Medical and sanitary report of the native army of Bengal for the year
Year: 1874
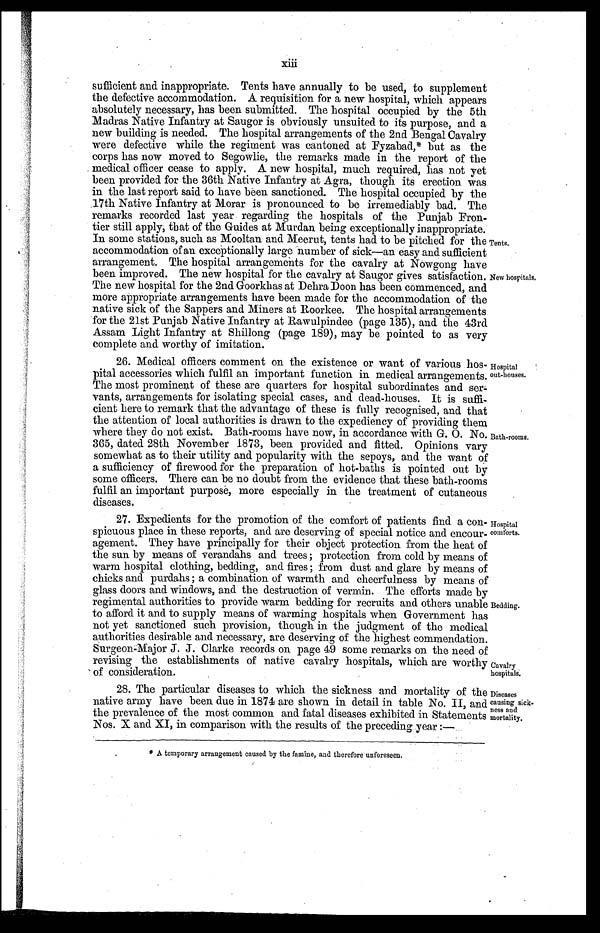
sufficient and inappropriate. Tents have annually to be used, to supplement
the defective accommodation. A requisition for a new hospital, which appears
absolutely necessary, has been submitted. The hospital occupied by the 5th
Madras Native Infantry at Saugor is obviously unsuited to its purpose, and a
new building is needed. The hospital arrangements of the 2nd Bengal Cavalry
were defective while the regiment was cantoned at Fyzabad, ‫٭‬ but as the
corps has now moved to Segowlie, the remarks made in the report of the
medical officer cease to apply. A new hospital, much required, has not yet
been provided for the 36th Native Infantry at Agra, though its erection was
in the last report said to have been sanctioned. The hospital occupied by the
17th Native Infantry at Morar is pronounced to be irremediably bad. The
remarks recorded last year regarding the hospitals of the Punjab Fron-
tier still apply, that of the Guides at Murdan being exceptionally inappropriate.
In some stations, such as Mooltan and Meerut, tents had to be pitched for the
accommodation of an exceptionally large number of sick—an easy and sufficient
arrangement. The hospital arrangements for the cavalry at Nowgong have
been improved. The new hospital for the cavalry at Saugor gives satisfaction.
The new hospital for the 2nd Goorkhas at Dehra Doon has been commenced, and
more appropriate arrangements have been made for the accommodation of the
native sick of the Sappers and Miners at Roorkee. The hospital arrangements
for the 21st Punjab Native Infantry at Rawulpindee (page 135), and the 43rd
Assam Light Infantry at Shillong (page 189), may be pointed to as very
complete and worthy of imitation.
Tents.
New hospitals.
26. Medical officers comment on the existence or want of various hos-
pital accessories which fulfil an important function in medical arrangements.
The most prominent of these are quarters for hospital subordinates
and servants, arrangements for isolating special cases, and dead-houses. It is suffi
cient here to remark that the advantage of these is fully recognised, and that
the attention of local authorities is drawn to the expediency of providing them
where they do not exist. Bath-rooms have now, in accordance with G. O. No.
365, dated 28th November 1873, been. provided and fitted. Opinions vary
somewhat as to their utility and popularity with the sepoys, and the want of
a sufficiency of firewood for the preparation of hot-baths is pointed out by
some officers. There can be no doubt from the evidence that these bath-rooms
fulfil an important purpose, more especially in the treatment of cutaneous
diseases.
Hospital
out-houses.
Bath-rooms.
27. Expedients for the promotion of the comfort of patients find a con-
spicuous place in these reports, and are deserving of special notice and encour-
agement. They have principally for their object protection from the heat of
the sun by means of verandahs and trees ; protection from cold by means of
warm hospital clothing, bedding, and fires ; from dust and glare by means of
chicks and purdahs ; a combination of warmth and cheerfulness by means of
glass doors and windows, and the destruction of vermin. The efforts made by
regimental authorities to provide warm bedding for recruits and others unable
to afford it and to supply means of warming hospitals when Government has
not yet sanctioned such provision, though in the judgment of the medical
authorities desirable and necessary, are deserving of the highest commendation.
Surgeon-Major J. J . Clarke records on page 49 some remarks on the need of
revising the establishments of native cavalry hospitals, which are worthy
of consideration.
Hospital
comforts.
Bedding.
Cavalry
hospitals.
28. The particular diseases to which the sickness and mortality of the
native army have been due in 1874 are shown in detail in table No. II, and
the prevalence of the most common and fatal diseases exhibited in Statements
Nos. X and XI, in comparison with the results of the preceding year :—
‫٭‬ A temporary arrangement caused by the famine, and therefore unforeseen.
Diseases
causing sick
-ness and
mortality.